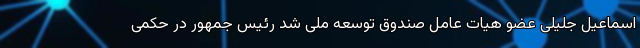
اسماعیل جلیلی عضو هیات عامل صندوق توسعه ملی شد رئیس جمهور در حکمی